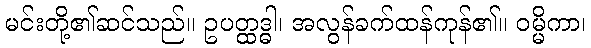
မင်းတို့၏ဆင်သည်။ ဥပတ္ထဒ္ဓါ၊ အလွန်ခက်ထန်ကုန်၏။ ဝမ္မိကာ၊